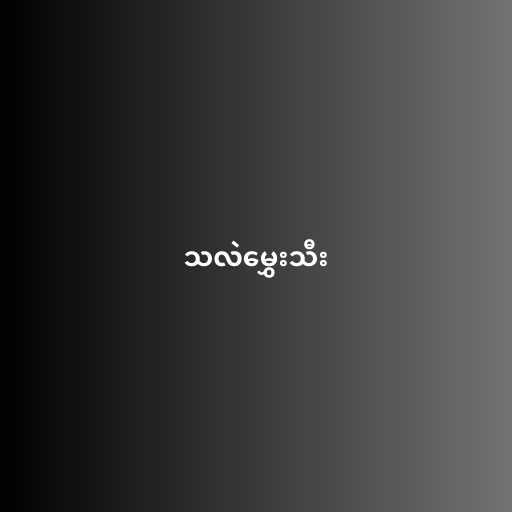
သလဲမွှေးသီး